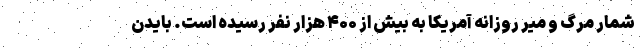
شمار مرگ و میر روزانه آمریکا به بیش از ۴۰۰ هزار نفر رسیده است. بایدن